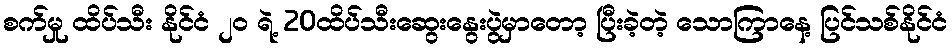
စက်မှု ထိပ်သီး နိုင်ငံ ၂၀ ရဲ့ 20ထိပ်သီးဆွေးနွေးပွဲမှာတော့ ပြီးခဲ့တဲ့ သောကြာနေ့ ပြင်သစ်နိုင်ငံ